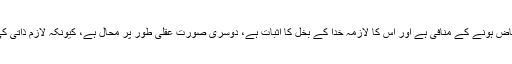
پہلی صورت خدا کے فیاض ہونے کے منافی ہے اور اس کا لازمہ خدا کے بخل کا اثبات ہے، دوسری صورت عقلی طور پر محال ہے، کیونکہ لازم ذاتی کی ملزوم سے جدائی ہے۔